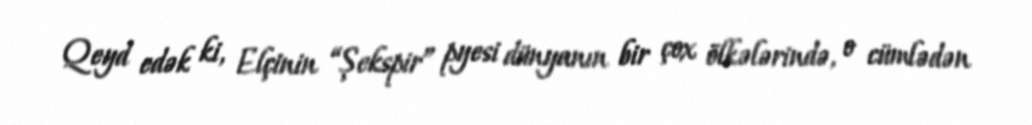
Qeyd edək ki, Elçinin “Şekspir” pyesi dünyanın bir çox ölkələrində, o cümlədən